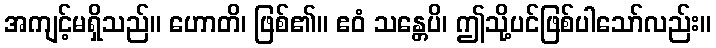
အကျင့်မရှိသည်။ ဟောတိ၊ ဖြစ်၏။ ဧဝံ သန္တေပိ၊ ဤသို့ပင်ဖြစ်ပါသော်လည်း။